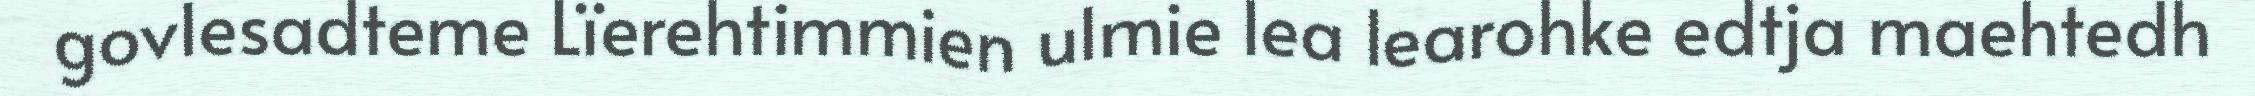
govlesadteme Lïerehtimmien ulmie lea learohke edtja maehtedh